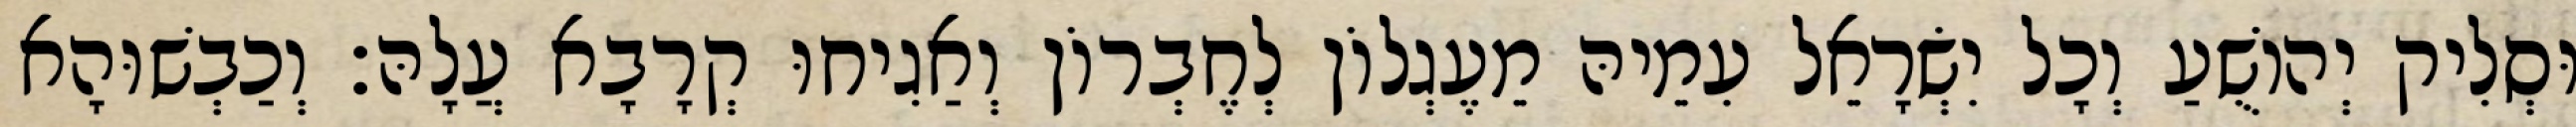
וּסְלִיק יְהוֹשֻׁעַ וְכָל יִשְׂרָאֵל עִמֵיהּ מֵעֶגְלוֹן לְחֶבְרוֹן וְאַגִיחוּ קְרָבָא עֲלָהּ׃ וְכַבְשׁוּהָא